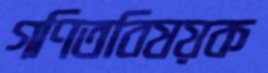
গণিতবিষয়ক